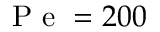
\mathrm { ~ P ~ e ~ } = 2 0 0